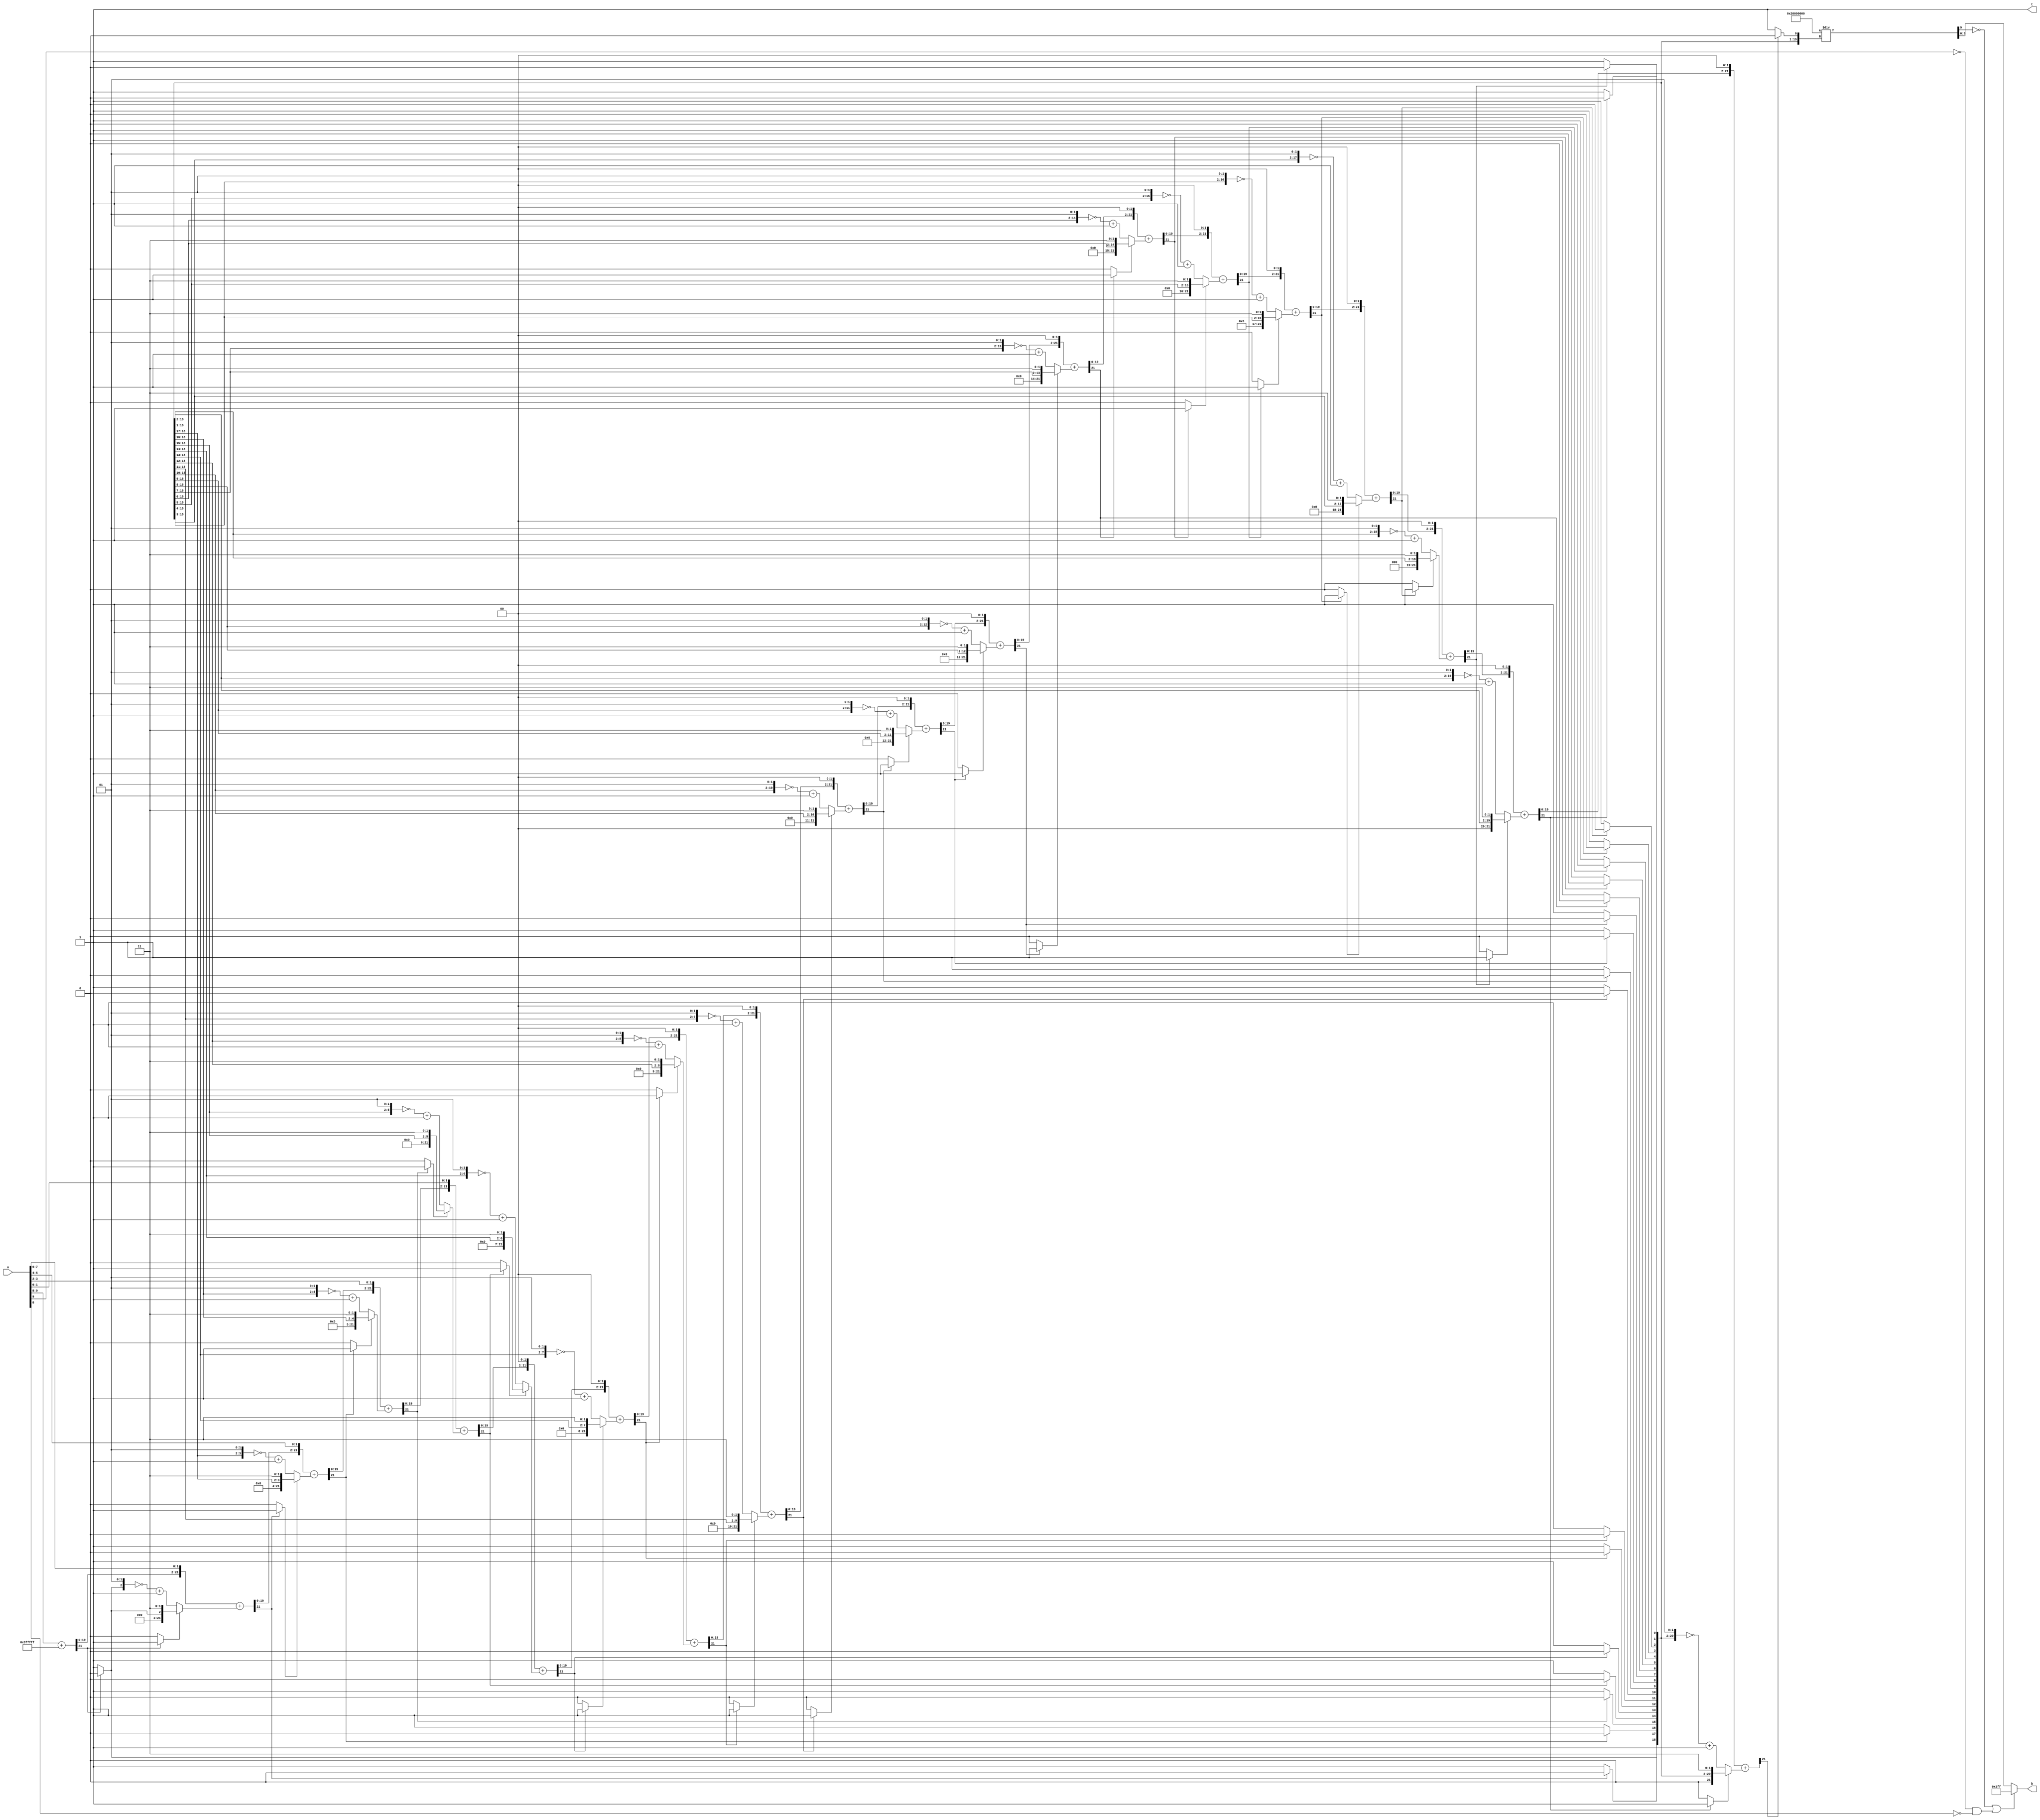
 
// Description : Performs the inverse square root of the given input number
//-------------------------------------------------------------------------------------------------
`timescale 1ns / 10ps
module DW_inv_sqrt #(
											parameter	a_width 			= 10,
																prec_control	=	0
										)
									(
										input				[a_width-1:0]	a,
										output	reg	[a_width-1:0]	b,
										output										t
									) /* synthesis syn_builtin_du = "weak" */;


localparam width 			= 2*a_width;								
localparam width_opt	=	width - prec_control;
localparam int_width 	= width + width % 2;

wire 	[2*a_width-1:0] 						ex_ip;

reg 	[width_opt:0] 							quo;
reg		[width_opt + 2 -1:0] 				init_val;
reg 	[width_opt + 2 -1:0] 				sub_val;
reg 	[width_opt + 2 -1:0] 				add_val;
reg		[width_opt + 2 -1:0] 				sum;
reg		[int_width-1:0]							num;
reg		[width_opt + int_width-1:0] sh_input;
reg																addnsub;
reg	 	[2*a_width-1:0] 						sq_rt;

reg 	[3*a_width-1:0] 						numer;
reg		[a_width-1:0]								b_int;

integer i;

// Extend the input to double the width
assign ex_ip = {a,{a_width{1'b0}}};
assign t = 1'b1;
always @ *
	begin
		if(width % 2)
			num = {1'b0,ex_ip};
		else
			num = ex_ip;
		
		init_val 			= {{width_opt{1'b0}},2'b01};
		sub_val	 			= ~init_val + 1;
		sh_input		 	= {{(width_opt){1'b0}},num};
		addnsub 			= 0;
		quo						=	0;

		for(i=0;i<width_opt;i=i+1)
			begin	
				add_val = sh_input[width_opt + int_width -1:int_width-2];
				sum = add_val + sub_val;
				if(sum[width_opt + 2 -1])   // Remainder is negative so on the next iteration perform addition
					begin
						addnsub = 1;
						quo[0] = 0;								// set the quo lsb bit to 0
					end
				else
					begin
						addnsub = 0;
						quo[0] = 1;
					end

				sh_input[width_opt + int_width -1:int_width-2] = sum;
				sub_val[width_opt +2 -1:2] = quo[width_opt-1:0];
				quo 		= quo << 1;

				if(addnsub)
					begin
						sub_val[1] = 1'b1;
						sub_val[0] = 1'b1;
						sub_val = sub_val;
					end
				else
					begin
						sub_val[1] = 1'b0;
						sub_val[0] = 1'b1;
						sub_val = ~sub_val + 1;
					end
				sh_input = sh_input << 2;
			end
			sq_rt = 0;
			sq_rt[width-1:width-width_opt] = quo[width_opt:1];
			
			numer = {1'b1,{(3*a_width-1){1'b0}}};
			b_int = (numer/sq_rt);
			b 		=	(b_int[a_width-1] == 0 || (~a[a_width-1] & ~a[a_width-2]) ) ? {a_width{1'b1}} : b_int;
	end
endmodule